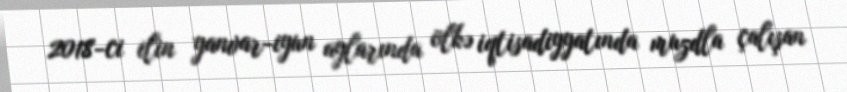
2018-ci ilin yanvar-iyun aylarında ölkə iqtisadiyyatında muzdla çalışan